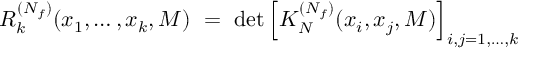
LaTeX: R _ { k } ^ { ( N _ { f } ) } ( x _ { 1 } , \ldots , x _ { k } , M ) \ = \ \operatorname * { d e t } \left[ K _ { N } ^ { ( N _ { f } ) } ( x _ { i } , x _ { j } , M ) \right] _ { i , j = 1 , \ldots , k }